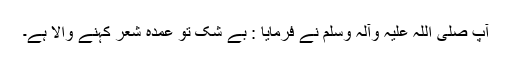
آپ صلی اللہ علیہ وآلہ وسلم نے فرمایا : بے شک تو عمدہ شعر کہنے والا ہے۔